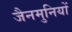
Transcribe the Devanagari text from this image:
जैनमुनियों